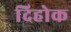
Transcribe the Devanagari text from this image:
दिहोक